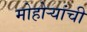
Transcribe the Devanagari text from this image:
मोहोऱ्यांची